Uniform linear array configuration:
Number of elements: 48
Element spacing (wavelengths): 0.25
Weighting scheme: blackman
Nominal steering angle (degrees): -15
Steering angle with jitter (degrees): -16.8
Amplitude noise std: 0.05
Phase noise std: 0.05

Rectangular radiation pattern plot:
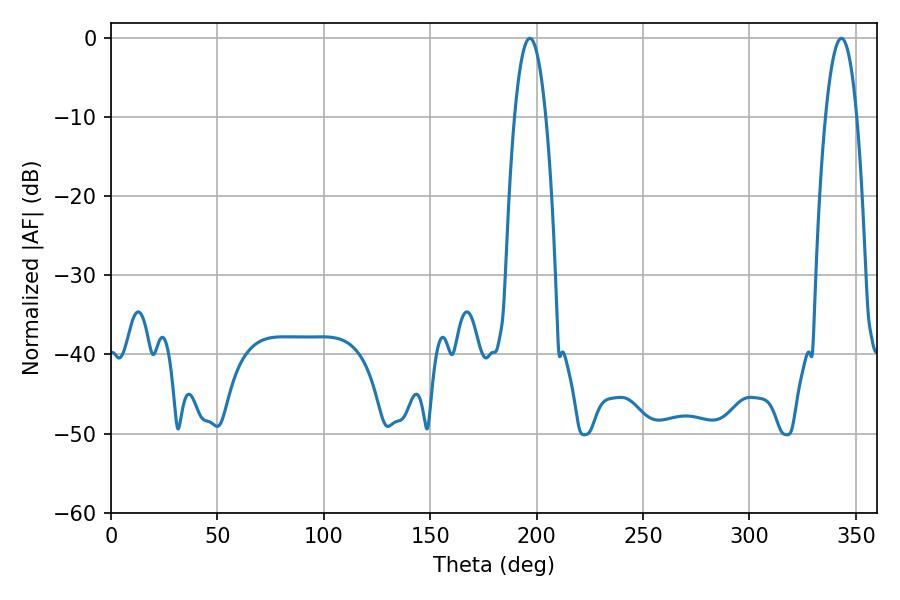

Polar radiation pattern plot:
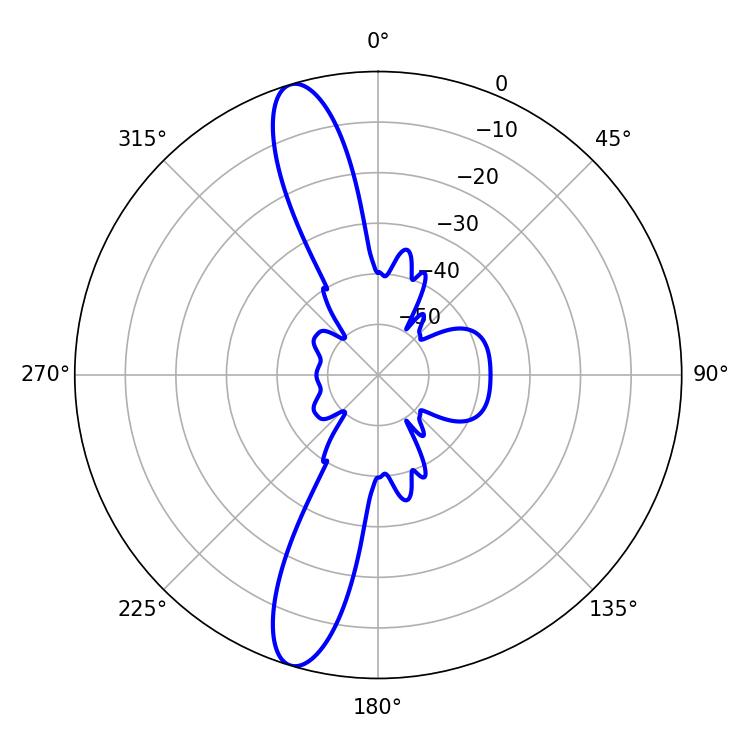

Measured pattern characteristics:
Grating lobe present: FALSE
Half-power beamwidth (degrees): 8.1
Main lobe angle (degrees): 196.74